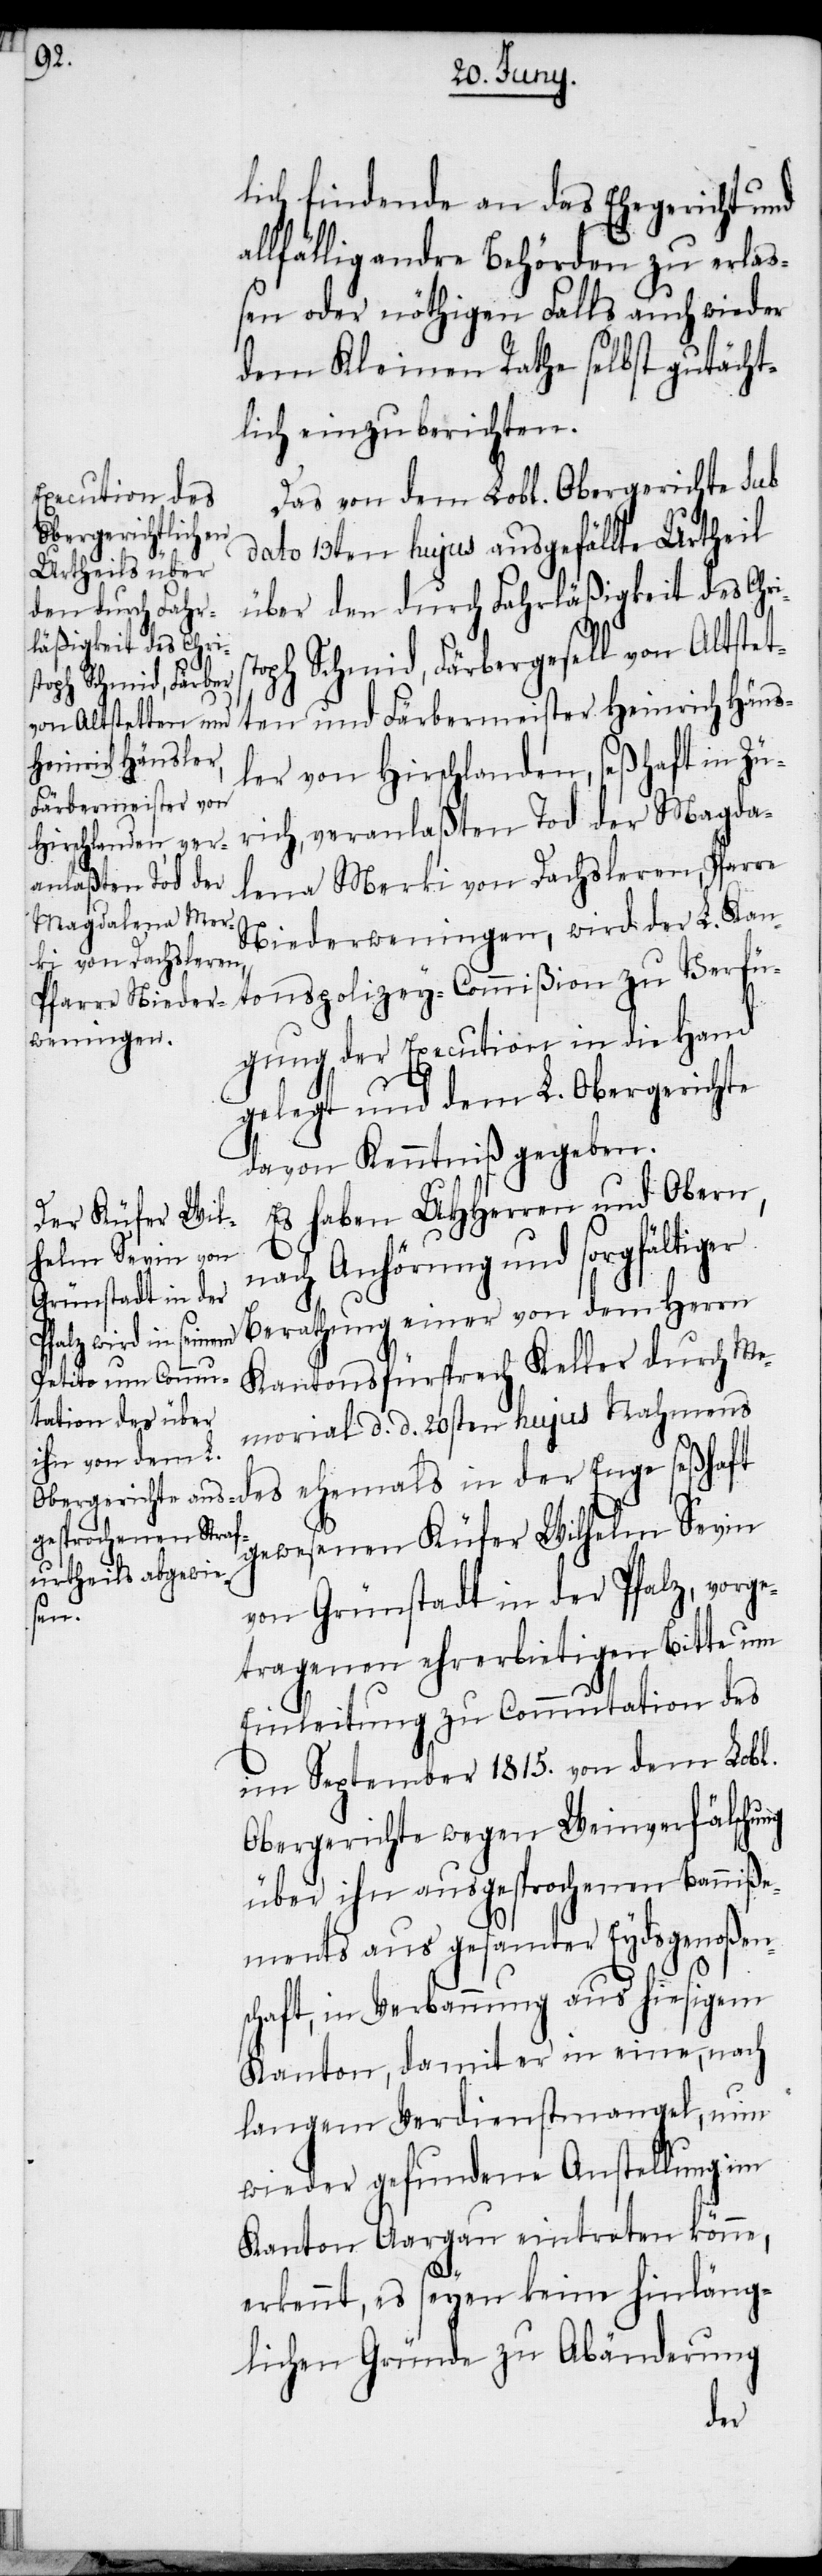
st¬

den durch Fahr¬
läßigkeit des Chri¬

lich findende an das Ehegericht und
llfällig andre Behörden zu erla¬
ßen oder nöthigen Falls auch wieder
dem Kleinen Rathe selbst gutächt¬
lich einzuberichten.
Das von dem Lobl. Obergerichte sub
dato 13ten hujus ausgefällte Urtheil
oph Schmid, Färbergesell von Altstet¬
ten und Färbermeister Heinrich Häus¬
ler von Hirschlanden, seßhaft in Zü¬
rich, veranlaßten Tod der Magda¬
lena Merki von Dachsleren, Pfarre
Niederweningen, wird der L. Kan¬
tonspolizey-Commißion zu Verfü¬
gung der Execution in die Hand
gelegt und dem L. Obergerichte
davon Kenntniß gegeben.
Es haben UHHerren und Obern,
nach Anhörung und sorgfältiger
Berathung einer von dem Herrn
Kantonsfürsprech Keller durch Me¬
morial d. d. 20sten hujus Nahmens
es ehemals in der Enge seßhaft
d¬
gewesenen Küfer Wilhelm Sevin
von Grünstadt in der Pfalz, vorge¬
tragenen ehrerbietigen Bitte um
Einleitung zu Commutation des
im September 1815. von dem Lobl.
Obergerichte wegen Weinverfälschung
über ihn ausgesprochenen Banniße¬
ments aus gesamter Eydsgenoßen¬
schaft, in Verbannung aus hiesigem
Kanton, damit er in eine, nach
langem Verdienstmangel, nun
wieder gefundene Anstellung im
Kanton Aargau eintreten könne,
erkennt, es seyen keine hinläng¬
lichen Gründe zu Abänderung
der¬